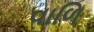
વાળિ